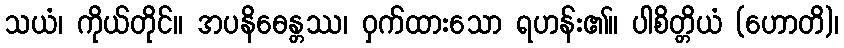
သယံ၊ ကိုယ်တိုင်။ အပနိဓေန္တဿ၊ ဝှက်ထားသော ရဟန်း၏။ ပါစိတ္တိယံ (ဟောတိ)၊